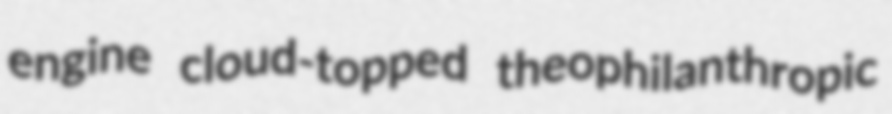
engine cloud-topped theophilanthropic